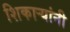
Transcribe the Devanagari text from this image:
शिकार्‍यांनी